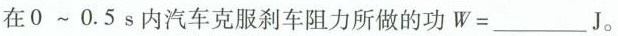
在0~0.5s内汽车克服刹车阻力所做的功$$W =$$___J。